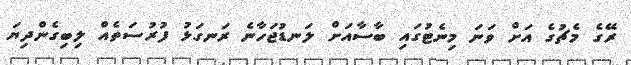
ރޭގެ މެޗުގެ އަށް ވަނަ މިނެޓުގައި ބާސާއަށް ލަނޑުޖަހާނެ ރަނގަޅު ފުރުސަތެއް ލިބިގެންދިޔަ